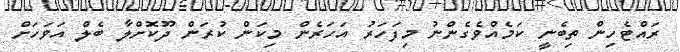
ރައްޓެހިން ތިބެނީ ކަމެއްވެގެންނު މިފަހަރު އަހަރެން މިކަން ކުރަން ދޫކޮށްލާ ބެލް އަވަހަށް